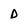
Character: d